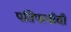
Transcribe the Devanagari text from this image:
पतिपत्‍नींची